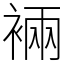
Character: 裲